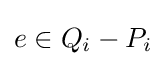
e\in Q_{i}-P_{i}